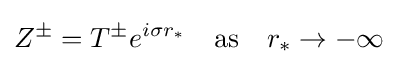
Z^{\pm }=T^{\pm }e^{i\sigma r_{*}}\quad {\text{as}}\quad r_{*}\rightarrow -\infty